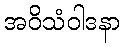
အဝိသံဝါဒနာ